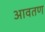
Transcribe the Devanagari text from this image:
आवतण